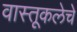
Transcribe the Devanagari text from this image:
वास्तूकलेचे